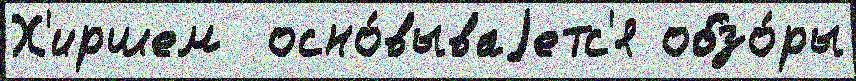
Х'иршем  осно́вываjетс'я обзо́ры